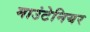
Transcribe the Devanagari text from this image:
माउंटेनियर